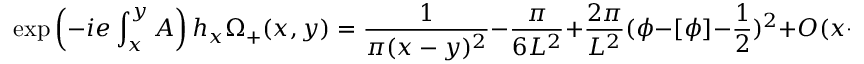
\exp \left( - i e \int _ { x } ^ { y } A \right) h _ { x } \Omega _ { + } ( x , y ) = \frac { 1 } { \pi ( x - y ) ^ { 2 } } - \frac { \pi } { 6 L ^ { 2 } } + \frac { 2 \pi } { L ^ { 2 } } ( \phi - [ \phi ] - \frac { 1 } { 2 } ) ^ { 2 } + { \cal O } ( x - y ) ,